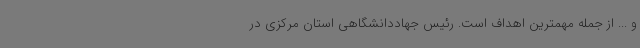
و ... از جمله مهمترین اهداف است. رئیس جهاددانشگاهی استان مرکزی در